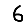
Digit: 6